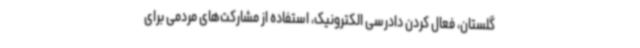
گلستان، فعال کردن دادرسی الکترونیک، استفاده از مشارکت‌های مردمی برای